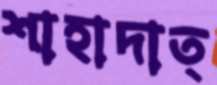
শাহাদাত্